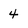
Character: 4